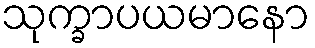
သုက္ခာပယမာနော